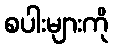
စပါးများကို